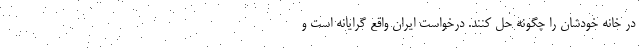
در خانه خودشان را چگونه حل کنند. درخواست ایران واقع گرایانه است و